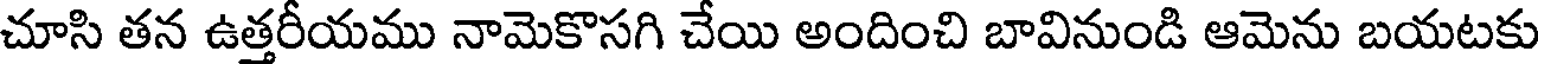
చూసి తన ఉత్తరీయము నామెకొసగి చేయి అందించి బావినుండి ఆమెను బయటకు